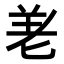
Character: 𭅒